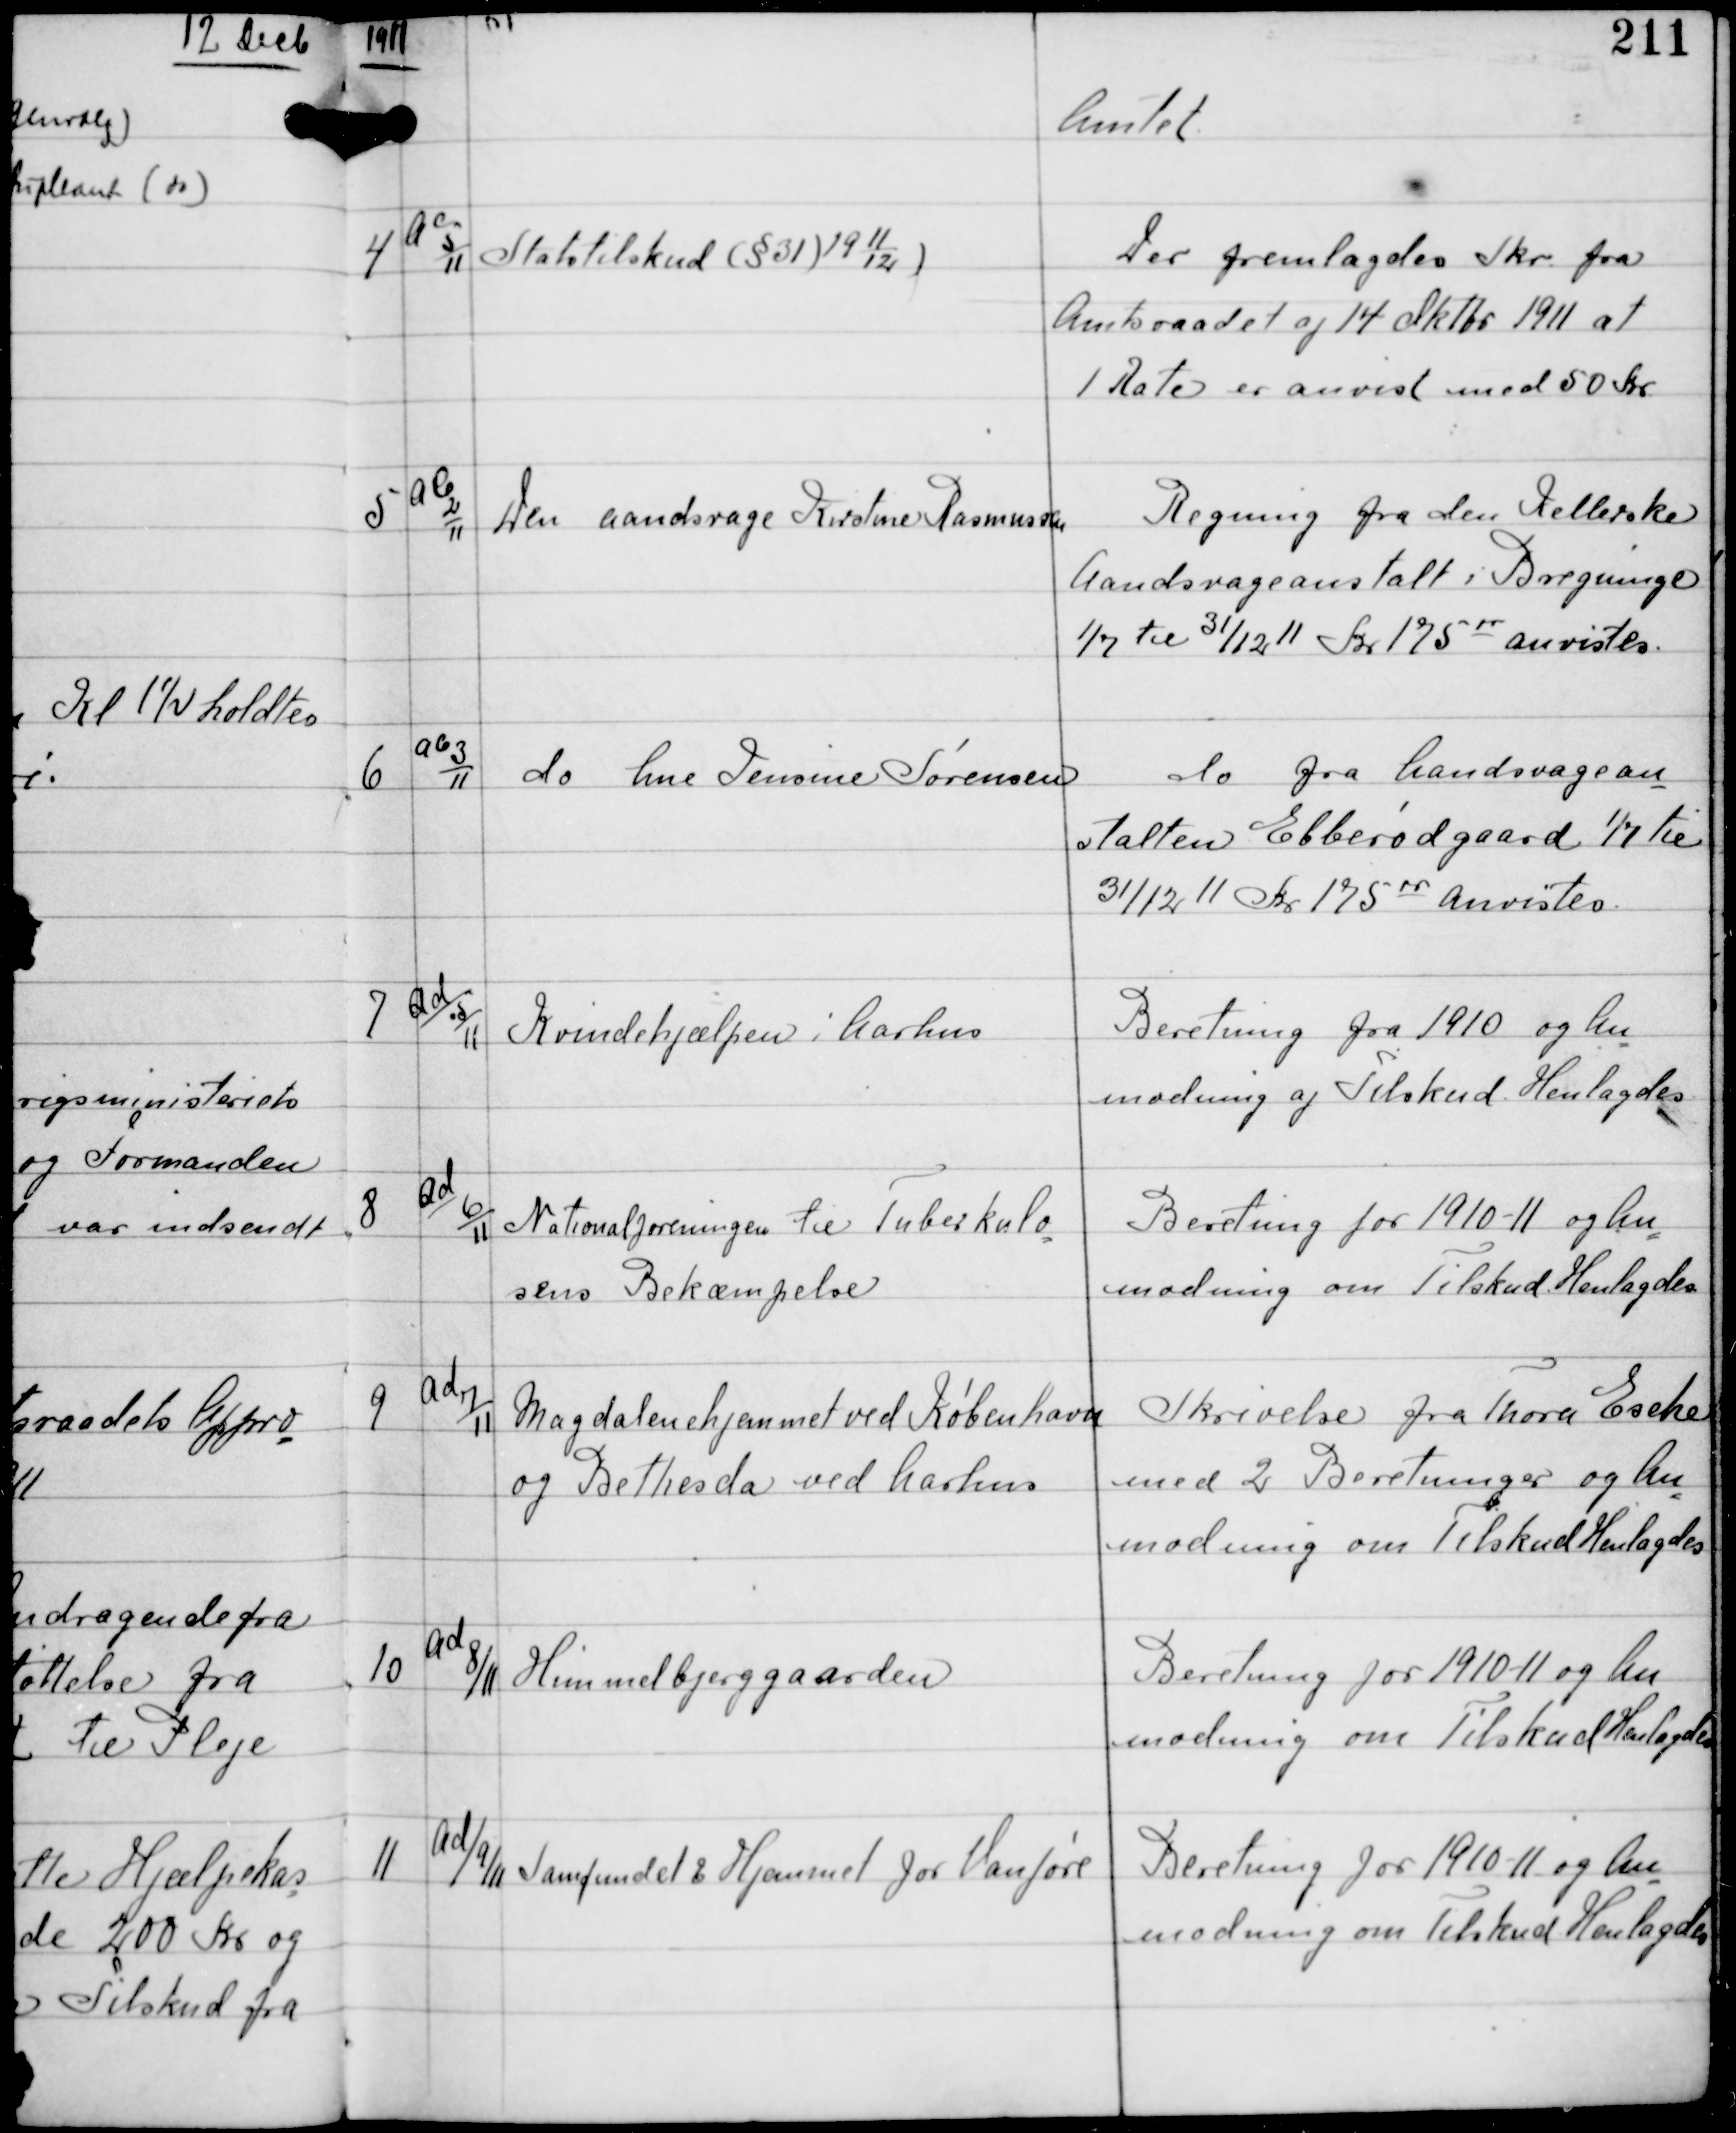
Transskription:
1911

Amtet

4

Ac
5
11

Statstilskud (§31) 19
11
12 )

Der fremlagdes Skr fra
Amtsraadet af 14 Oktbr 1911 at
1 Rate er anvist med 50 Kr

5

Ab
2
11

Den aandsvage Kirstine Rasmussen

Regning fra den Kellerske
Aandsvageanstalt i Bregninge
1/7 til 31/12 11 Kr 17500 anvistes.

6

Ab
3
11

do Line Jensine Sørensen

do fra Aandsvagean-
stalten Ellerødgaard 1/7 til
31/12 11 Kr 17500 anvistes.

7

Ad
5
11

Kvindehjælpen i Aarhus

Beretning fra 1910 og An-
modning af Tilskud. Henlagdes

8

Ad
6
11

Nationalforeningen til Tuberkulo-
sens Bekæmpelse

Beretning for 1910-11 og An-
modning om Tilskud. Henlagdes

9

Ad
7
11

Magdalenehjemmet ved København
og Bethesda ved Aarhus

Skrivelse fra Thora Esehe
med 2 Beretninger og An
modning om Tilskud Henlagdes

10

Ad
8/11

Himmelbjerggaarden

Beretning for 1910-11 og An
modning om Tilskud Henlagdes

11

Ad/
9/11

Samfundet & Hjemmet for Vanføre

Beretning for 1910-11 og An
modning om Tilskud Henlagdes